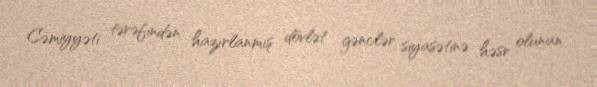
Cəmiyyəti tərəfindən hazırlanmış dövlət gənclər siyasətinə həsr olunan